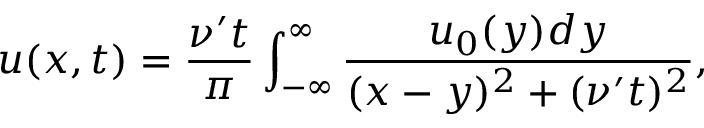
u ( x , t ) = \frac { \nu ^ { \prime } t } { \pi } \int _ { - \infty } ^ { \infty } \frac { u _ { 0 } ( y ) d y } { ( x - y ) ^ { 2 } + ( \nu ^ { \prime } t ) ^ { 2 } } ,